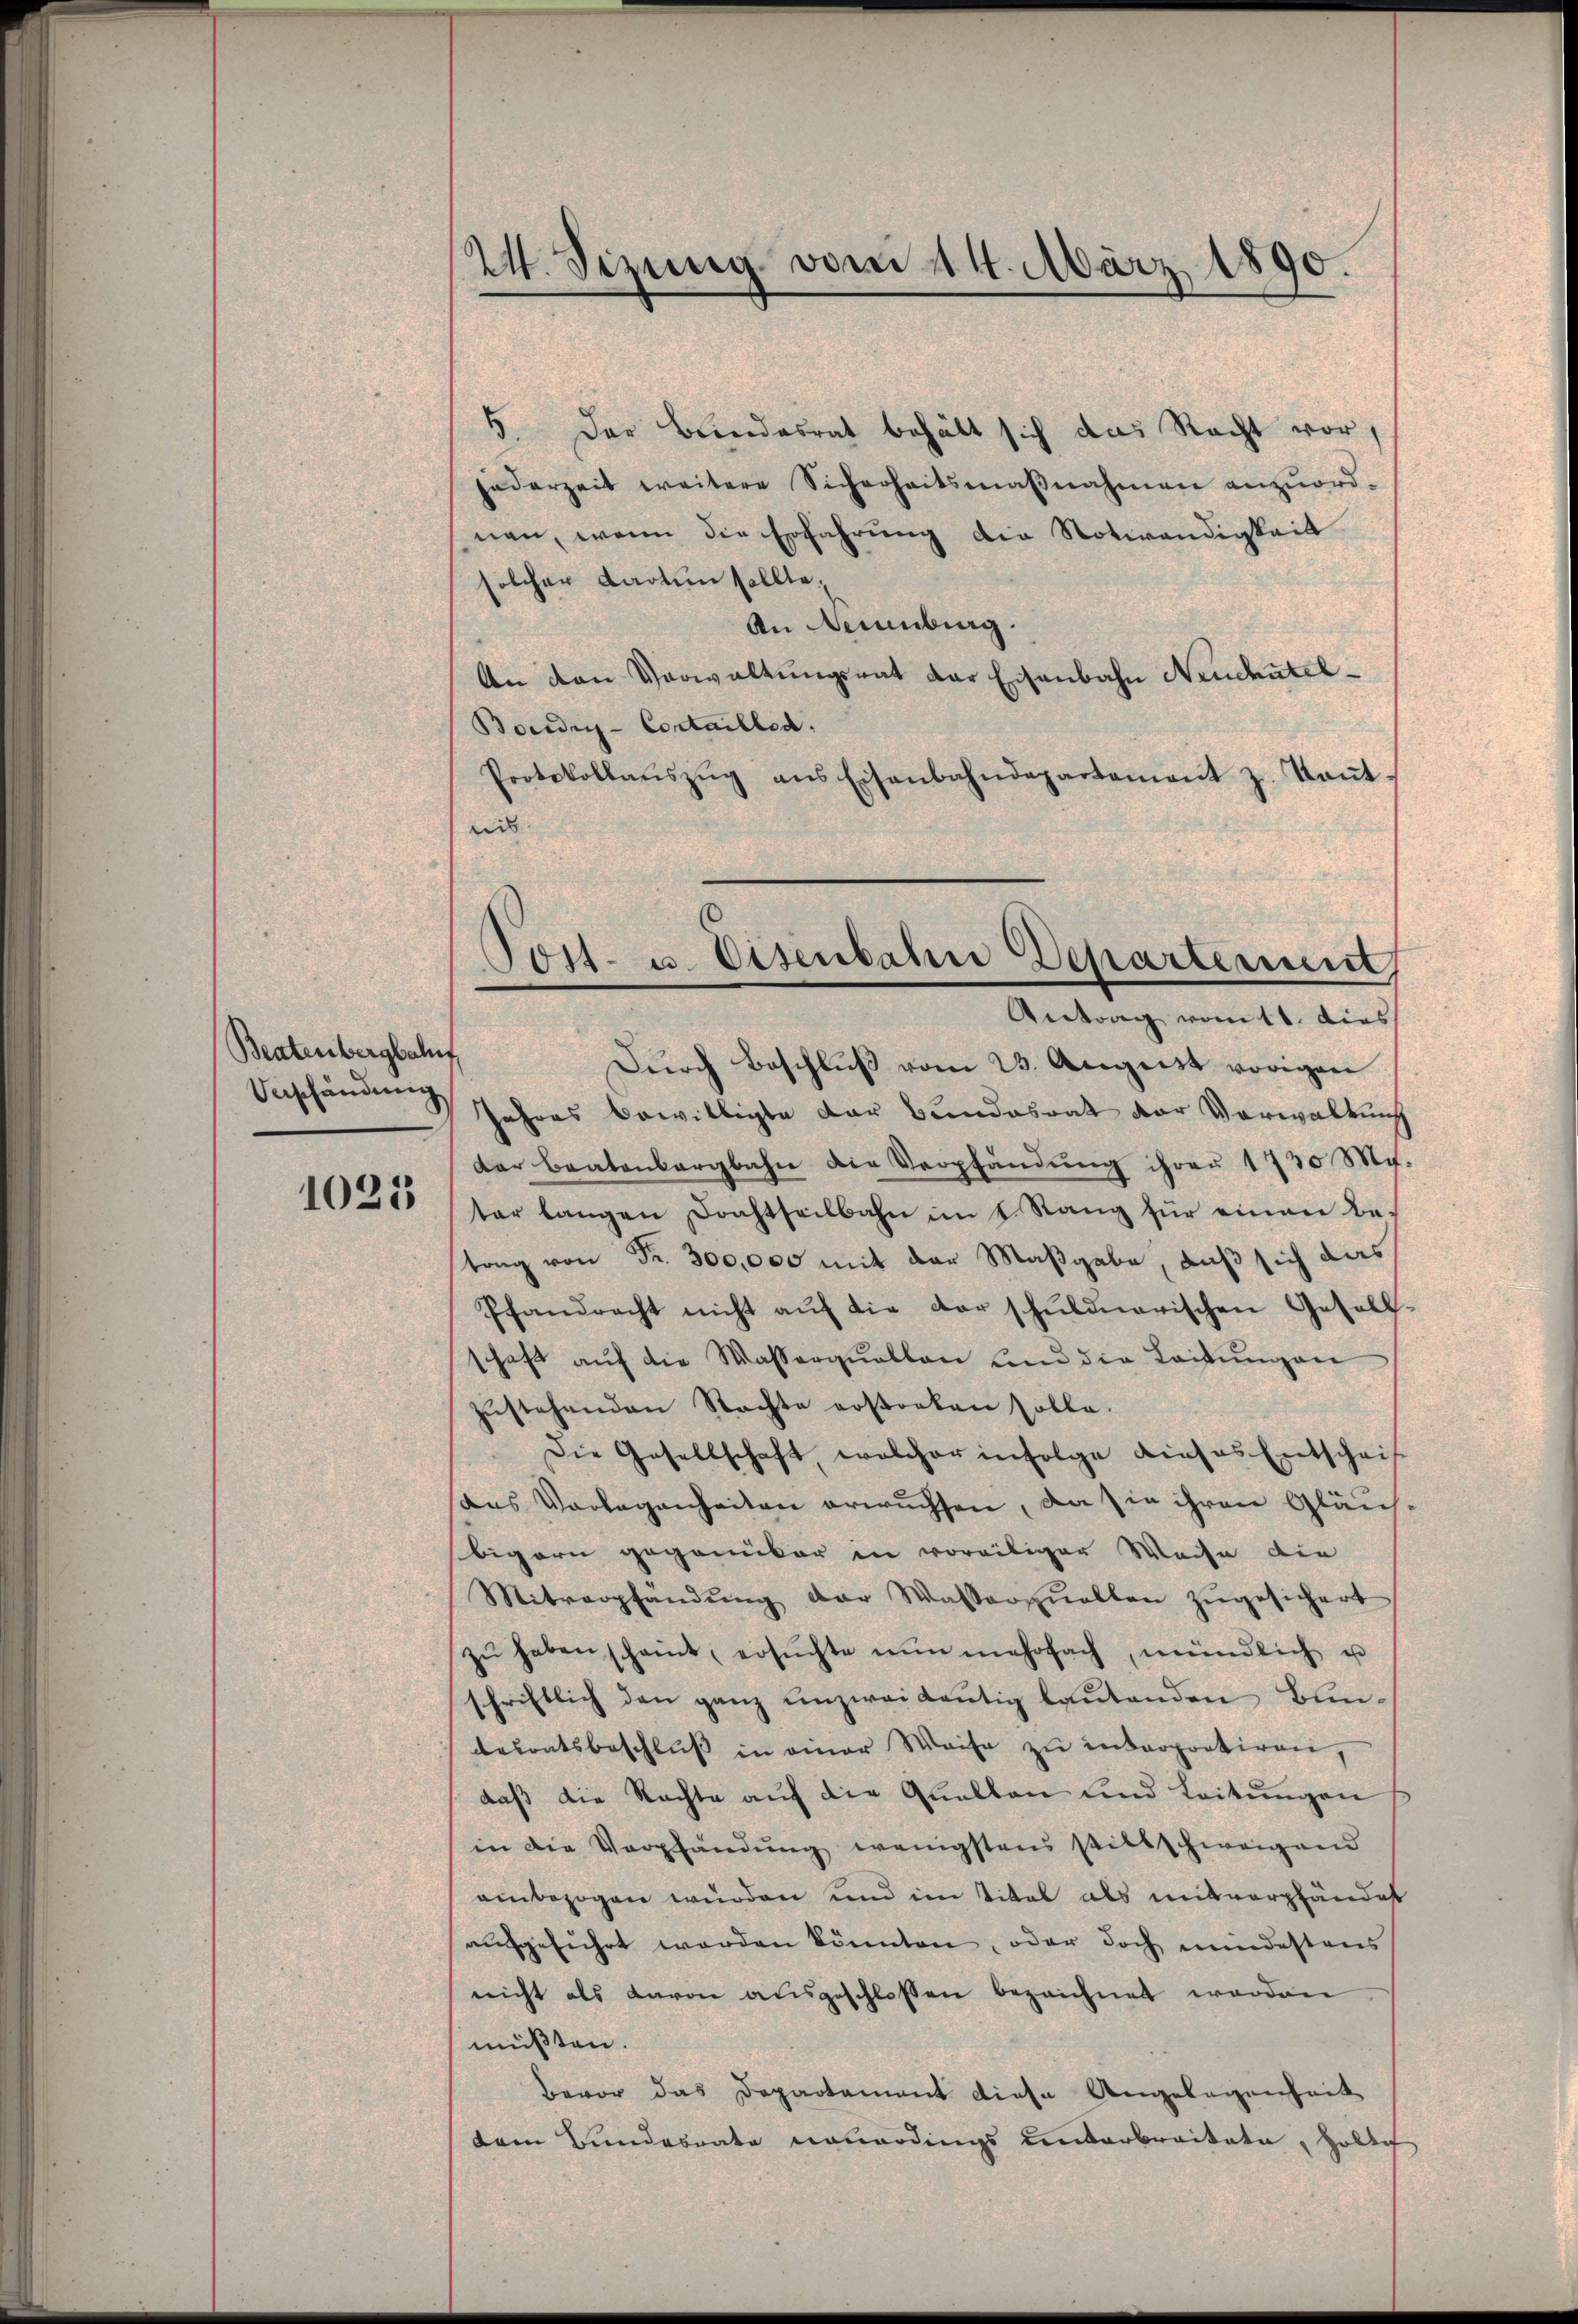
Beatenbergbalf
Ueschändung

1023

24. Sizung vom 14. März 1890.

5. Der Bundesrat behält sich das Recht vor,
jederzeit weitere Sicherheitsmaßnahmen anzuordnen, wenn die Erfahrung die Notwendigkeit
solcher Karten sollte,
An Neuenburg.
An den Verwaltŭngsrat der Eisenbahn Neuchtel¬
Boudry-Cortaillen.
Protokollaŭszŭg ans Eisenbahndepartement z. Taṅt-
nis
Dŭrch Beschlŭβ vom 23. August vorigen
Jahres bewilligte der Bundesrat der Verwaltung
der Bratenbergbahn die Verpfändung ihrer 1730 M.
ter langen Drahtseilbahn im 1. Rang für einen betrag von Fr. 300,000 mit der Maßgabe, daß sich das
Pfandrecht nicht aŭf die der schŭldnarischen Gesell-
schaft aŭf die Wasserquellen und die Leitŭngen
zŭstehenden Stachte erstorben solle.
Die Gesellschaft welcher infolge dieses Entschrift
aus Vorlegenheiten erwuchsen, da sie ihren Gläu-
bigern gegenüber in voreiliger Weise die
Mitverpfandŭng der Wasserquellen zŭgesichert
zŭ haben scheint, ersŭchte nŭnmehrfach, mündlich u
schriftlich den ganz unzweidentig laŭtenden Bli-
desratsbeschlŭβ in einer Weise zu interpretiren,
daß die Nachte auf die Quellen und Leitungen
in die Verpfändung wenigstens stillschweigend
einbezogen wurden und im Titel als mitverpfändest
aufgeführt worden könnten, oder doch mindestens
nicht als davon ausgeschlossen bezeichnet werden
müßten.
Bevor das Departement diese Angelegenheit
dem Bundesrate neuerdings unterbreitete, holte

Post- u. Eisenbahn Departement
Antrag vomtt. dies